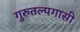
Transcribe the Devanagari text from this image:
गुरुतल्पगासी